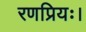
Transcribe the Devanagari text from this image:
रणप्रियः।